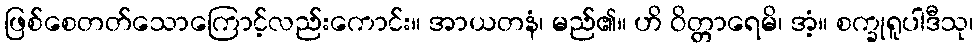
ဖြစ်စေတတ်သောကြောင့်လည်းကောင်း။ အာယတနံ၊ မည်၏။ ဟိ ဝိတ္တာရေမိ၊ အံ့။ စက္ခုရူပါဒီသု၊